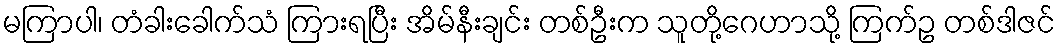
မကြာပါ၊ တံခါးခေါက်သံ ကြားရပြီး အိမ်နီးချင်း တစ်ဦးက သူတို့ဂေဟာသို့ ကြက်ဥ တစ်ဒါဇင်